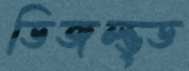
ডিজল্ভ্ড